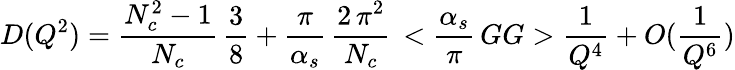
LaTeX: D(Q^{2})={\frac{N_{c}^{2}-1}{N_{c}}}\, {\frac{3}{8}}+{\frac{\pi}{\alpha_{s}}}\, {\frac{{2\, \pi}^{2}}{N_{c}}}\, <{{\frac{\alpha_{s}}{\pi}}\, GG}>{\frac{1}{Q^{4}}}+O({\frac{1}{Q^{6}}})